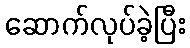
ဆောက်လုပ်ခဲ့ပြီး